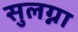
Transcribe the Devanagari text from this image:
सुलग्ना